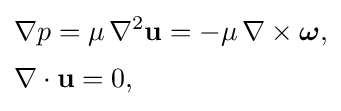
{\begin{aligned}&\nabla p=\mu \,\nabla ^{2}\mathbf {u} =-\mu \,\nabla \times \mathbf {\boldsymbol {\omega }} ,\\[2pt]&\nabla \cdot \mathbf {u} =0,\end{aligned}}